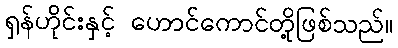
ရှန်ဟိုင်းနှင့် ဟောင်ကောင်တို့ဖြစ်သည်။